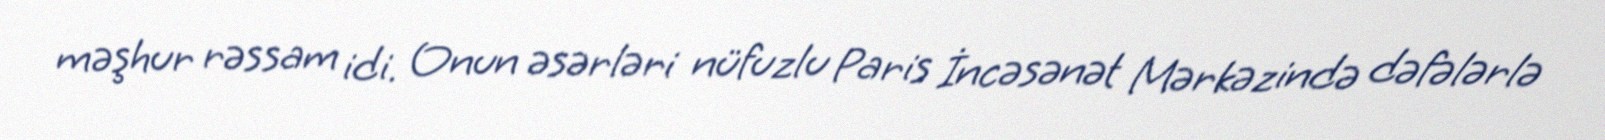
məşhur rəssam idi. Onun əsərləri nüfuzlu Paris İncəsənət Mərkəzində dəfələrlə